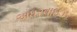
અધરવાઇઝ